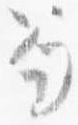
笏